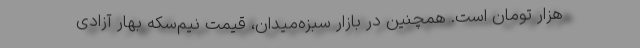
هزار تومان است. همچنین در بازار سبزه‌میدان، قیمت نیم‌سکه بهار آزادی